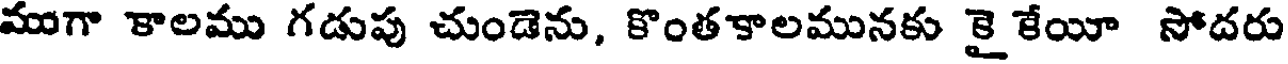
ముగా కాలము గడుపు చుండెను, కొంతకాలమునకు కై కేయా సోదరు